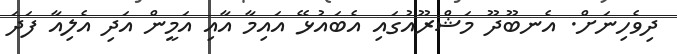
ދިވެހިނަށް. އެނބޫދޫ މަޝްރޫއުގައި އެބައުޅޭ އައިމާ އާއި އަމީން އަދި އެލިއާ ފަދަ